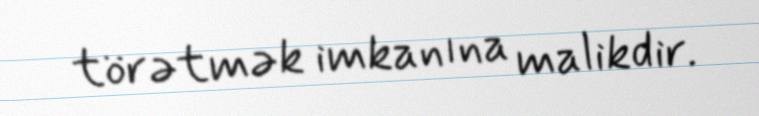
törətmək imkanına malikdir.